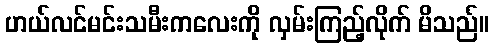
ဟယ်လင်မင်းသမီးကလေးကို လှမ်းကြည့်လိုက် မိသည်။